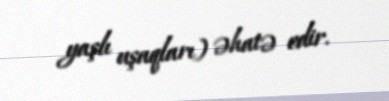
yaşlı uşaqları) əhatə edir.